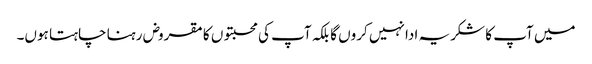
میں آپ کا شکریہ ادا نہیں کروں گا بلکہ آپ کی محبتوں کا مقروض رہنا چاہتا ہوں۔